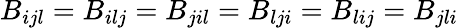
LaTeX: B_{ijl}=B_{ilj}=B_{jil}=B_{lji}=B_{lij}=B_{jli}